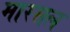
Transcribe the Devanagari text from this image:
मारसल